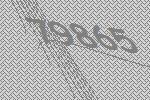
79865